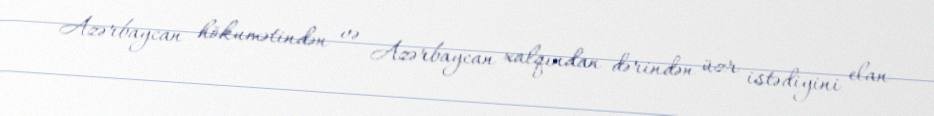
Azərbaycan hökumətindən və Azərbaycan xalqından dərindən üzr istədiyini elan